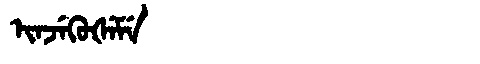
Manchu: ᡳᠨᠵᡝᡴᡠᡧᡝᠮᡝ
Romanization: INJEKUŠEME